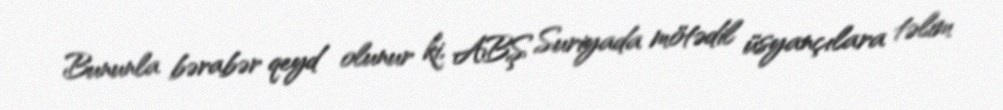
Bununla bərabər qeyd olunur ki, ABŞ Suriyada mötədil üsyançılara təlim